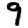
Digit: 9